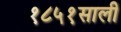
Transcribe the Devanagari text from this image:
१८५१साली